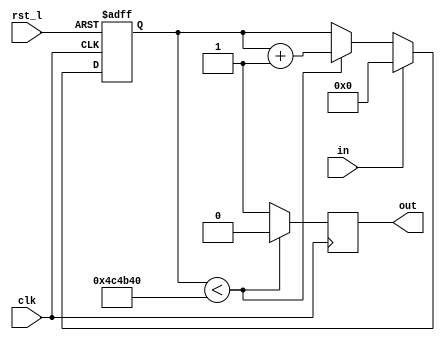

// COUNTin1
module POR_RESET(
    clk,
    rst_l,
    in,
    out);
    
	 parameter COUNT_WIDTH = 24;
	 //parameter COUNT_MAX =  1000000; // 20ms
	 parameter COUNT_MAX =  5000000; // 100ms
    input clk;
    input rst_l;
    input in;
    output out;
    
    reg out;

    reg [COUNT_WIDTH-1:0] count;

    always @(posedge clk or negedge rst_l)
    if(~rst_l) begin
        count[COUNT_WIDTH-1:0] = COUNT_MAX;
    end
    else begin
        if (in == 1) begin
            count[COUNT_WIDTH-1:0] = 0;
        end
        else begin
            count[COUNT_WIDTH-1:0] = count[COUNT_WIDTH-1:0] < COUNT_MAX ? 
                                                count[COUNT_WIDTH-1:0]+1 : count[COUNT_WIDTH-1:0];
        end
    end

    always @(posedge clk)
    if (count[COUNT_WIDTH-1:0] < COUNT_MAX) begin
        out <= 1'b0;
    end
    else begin
        out <= 1'b1;
    end


endmodule